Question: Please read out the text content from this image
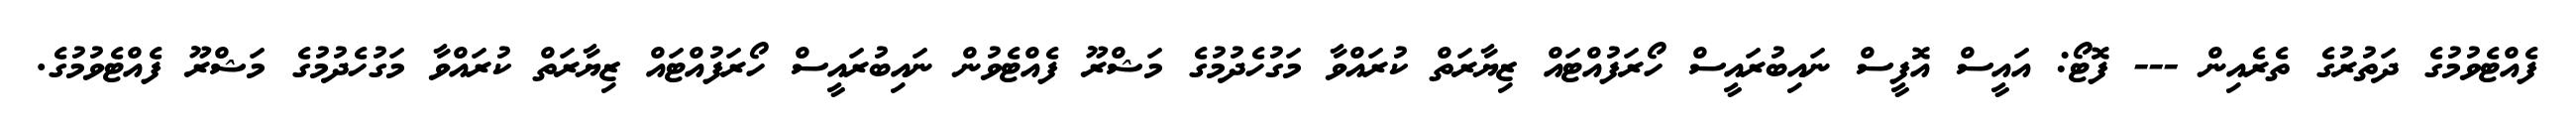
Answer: ފެއްޓެވުމުގެ ދަތުރުގެ ތެރެއިން --- ފޮޓޯ: އައީސް އޮފީސް ނައިބުރައީސް ހޯރަފުއްޓައް ޒިޔާރަތް ކުރައްވާ މަގުހެދުމުގެ މަޝްރޫ ފެއްޓެވުން ނައިބުރައީސް ހޯރަފުއްޓައް ޒިޔާރަތް ކުރައްވާ މަގުހެދުމުގެ މަޝްރޫ ފެއްޓެވުމުގެ.